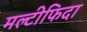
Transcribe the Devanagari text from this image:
मल्टीफिदा